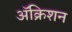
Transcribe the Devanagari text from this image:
ॲक्रिशन